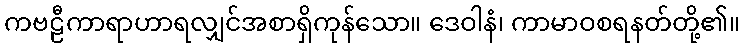
ကဗဠီကာရာဟာရလျှင်အစာရှိကုန်သော။ ဒေဝါနံ၊ ကာမာဝစရနတ်တို့၏။